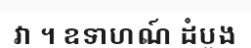
វា ។ ឧទាហណ៍ ដំបូង